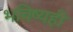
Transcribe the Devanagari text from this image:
भविष्यही